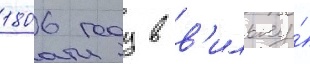
1806 году в в'ильну́